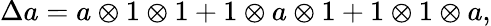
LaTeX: \Delta a=a\otimes 1\otimes 1+1\otimes a\otimes 1+1\otimes 1\otimes a,